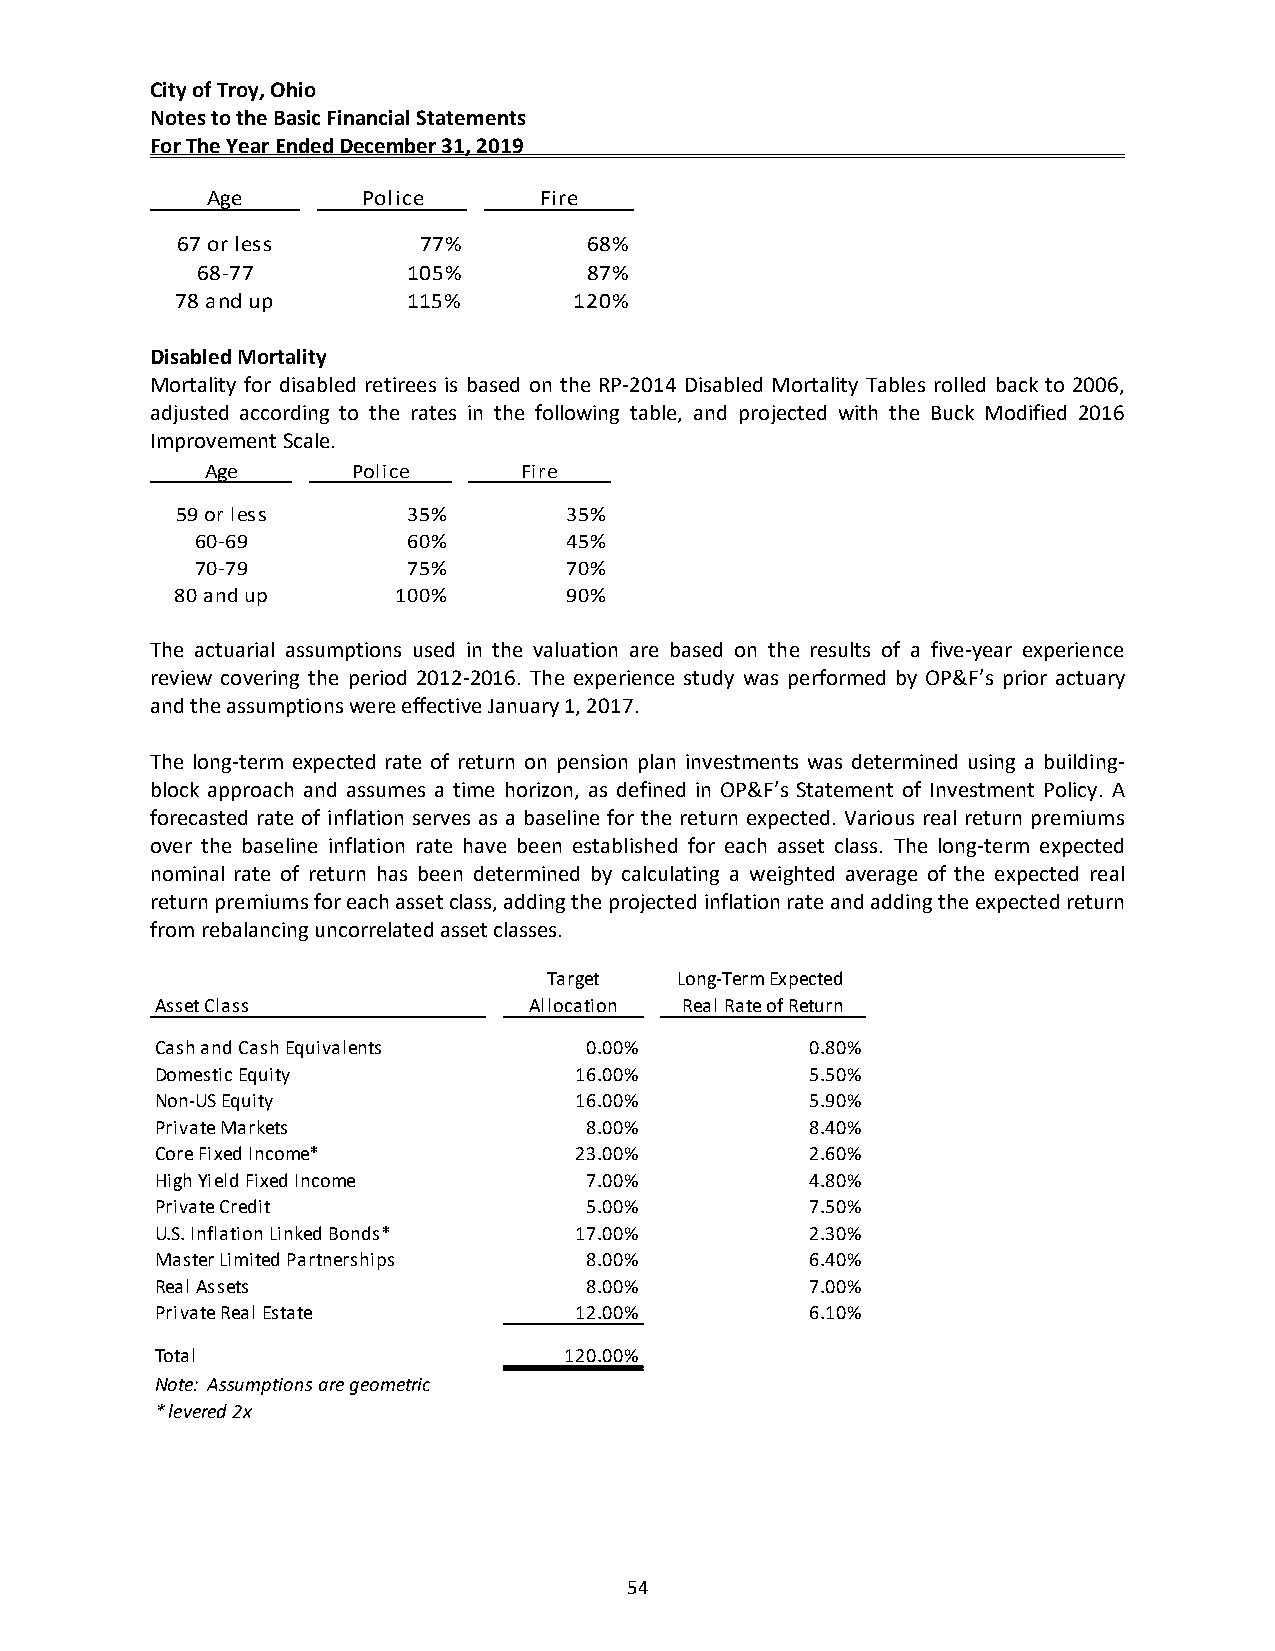
City of Troy, Ohio
 Notes to the Basic Financial Statements
 For The Year Ended December 31, 2019
 Age       Police      Fire
 67 or less      77%        68%
 68‐77         105%        87%
 78 and up      115%       120%
 Disabled Mortality
 Mortality for disabled retirees is based on the RP‐2014 Disabled Mortality Tables rolled back to 2006,
 adjusted according to the rates in the following table, and projected with the Buck Modified 2016
 Improvement Scale.
 Age      Police      Fire
 59 or less     35%       35%
 60‐69         60%       45%
 70‐79         75%       70%
 80 and up     100%       90%
 The actuarial assumptions used in the valuation are based on the results of a five‐year experience
 review covering the period 2012‐2016. The experience study was performed by OP&F’s prior actuary
 and the assumptions were effective January 1, 2017.
 The long‐term expected rate of return on pension plan investments was determined using a building‐
 block approach and assumes a time horizon, as defined in OP&F’s Statement of Investment Policy. A
 forecasted rate of inflation serves as a baseline for the return expected. Various real return premiums
 over the baseline inflation rate have been established for each asset class. The long‐term expected
 nominal rate of return has been determined by calculating a weighted average of the expected real
 return premiums for each asset class, adding the projected inflation rate and adding the expected return
 from rebalancing uncorrelated asset classes.
 Target   Long‐Term Expected
 Asset Class              Allocation Real Rate of Return
 Cash and Cash Equivalents    0.00%          0.80%
 Domestic Equity             16.00%          5.50%
 Non‐US Equity               16.00%          5.90%
 Private Markets              8.00%          8.40%
 Core Fixed Income*          23.00%          2.60%
 High Yield Fixed Income      7.00%          4.80%
 Private Credit               5.00%          7.50%
 U.S. Inflation Linked Bonds* 17.00%         2.30%
 Master Limited Partnerships  8.00%          6.40%
 Real Assets                  8.00%          7.00%
 Private Real Estate         12.00%          6.10%
 Total                      120.00%
 Note: Assumptions are geometric
 * levered 2x
 54